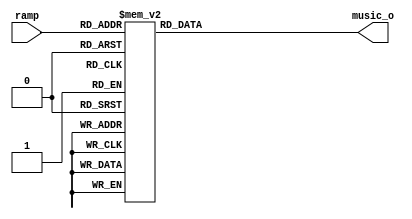
module wave_gen_x2(
input  [5:0] ramp,
output reg [15:0]music_o
);


always@(ramp[5:0])
begin
    case(ramp[5:0])
 0 :music_o=16'h3FFF;
 1 :music_o=16'h3C0F;
 2 :music_o=16'h383F;
 3 :music_o=16'h348F;
 4 :music_o=16'h30FF;
 5 :music_o=16'h2D8F;
 6 :music_o=16'h2A3F;
 7 :music_o=16'h270F;
 8 :music_o=16'h23FF;
 9 :music_o=16'h210F;
 10 :music_o=16'h1E3F;
 11 :music_o=16'h1B8F;
 12 :music_o=16'h18FF;
 13 :music_o=16'h168F;
 14 :music_o=16'h143F;
 15 :music_o=16'h120F;
 16 :music_o=16'hFFF;
 17 :music_o=16'hE0F;
 18 :music_o=16'hC3F;
 19 :music_o=16'hA8F;
 20 :music_o=16'h8FF;
 21 :music_o=16'h78F;
 22 :music_o=16'h63F;
 23 :music_o=16'h50F;
 24 :music_o=16'h3FF;
 25 :music_o=16'h30F;
 26 :music_o=16'h23F;
 27 :music_o=16'h18F;
 28 :music_o=16'hFF;
 29 :music_o=16'h8F;
 30 :music_o=16'h3F;
 31 :music_o=16'hF;
 32 :music_o=16'h0;
 33 :music_o=16'hF;
 34 :music_o=16'h3F;
 35 :music_o=16'h8F;
 36 :music_o=16'hFF;
 37 :music_o=16'h18F;
 38 :music_o=16'h23F;
 39 :music_o=16'h30F;
 40 :music_o=16'h3FF;
 41 :music_o=16'h50F;
 42 :music_o=16'h63F;
 43 :music_o=16'h78F;
 44 :music_o=16'h8FF;
 45 :music_o=16'hA8F;
 46 :music_o=16'hC3F;
 47 :music_o=16'hE0F;
 48 :music_o=16'hFFF;
 49 :music_o=16'h120F;
 50 :music_o=16'h143F;
 51 :music_o=16'h168F;
 52 :music_o=16'h18FF;
 53 :music_o=16'h1B8F;
 54 :music_o=16'h1E3F;
 55 :music_o=16'h210F;
 56 :music_o=16'h23FF;
 57 :music_o=16'h270F;
 58 :music_o=16'h2A3F;
 59 :music_o=16'h2D8F;
 60 :music_o=16'h30FF;
 61 :music_o=16'h348F;
 62 :music_o=16'h383F;
 63 :music_o=16'h3C0F;
default	:music_o=0;
	endcase
end
endmodule